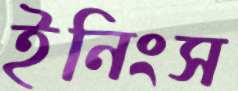
ইনিংস